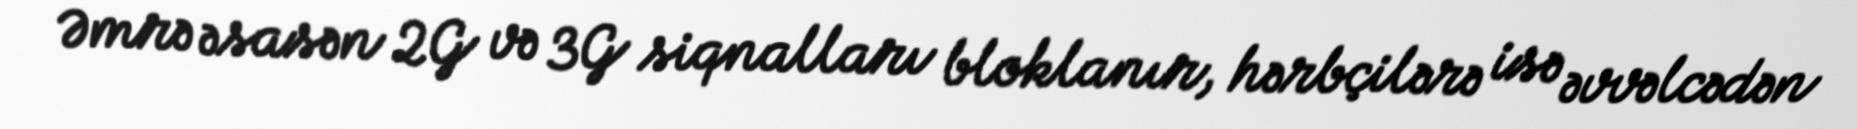
Əmrə əsasən 2G və 3G siqnalları bloklanır, hərbçilərə isə əvvəlcədən